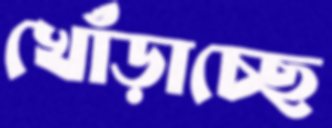
খোঁড়াচ্ছে